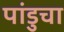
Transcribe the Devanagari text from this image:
पांडुचा